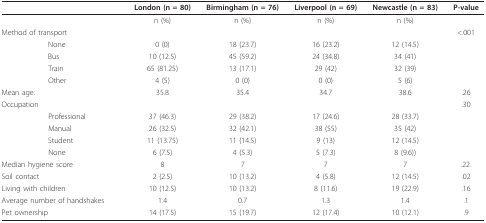
|  |  | London (n = 80) | Birmingham (n = 76) | Liverpool (n = 69) | Newcastle (n = 83) | P-value |
 | --- | --- | --- | --- | --- | --- | --- |
 |  |  | n (%) | n (%) | n (%) | n (%) |  |
 | <COLSPAN=2> Method of transport |  |  |  |  | <.001 |
 |  | None | 0 (0) | 18 (23.7) | 16 (23.2) | 12 (14.5) |  |
 |  | Bus | 10 (12.5) | 45 (59.2) | 24 (34.8) | 34 (41) |  |
 |  | Train | 65 (81.25) | 13 (17.1) | 29 (42) | 32 (39) |  |
 |  | Other | 4 (5) | 0 (0) | 0 (0) | 5 (6) |  |
 | <COLSPAN=2> Mean age: | 35.8 | 35.4 | 34.7 | 38.6 | .26 |
 | <COLSPAN=2> Occupation |  |  |  |  | .30 |
 |  | Professional | 37 (46.3) | 29 (38.2) | 17 (24.6) | 28 (33.7) |  |
 |  | Manual | 26 (32.5) | 32 (42.1) | 38 (55) | 35 (42) |  |
 |  | Student | 11 (13.75) | 11 (14.5) | 9 (13) | 12 (14.5) |  |
 |  | None | 6 (7.5) | 4 (5.3) | 5 (7.3) | 8 (9.6)) |  |
 | <COLSPAN=2> Median hygiene score | 8 | 7 | 7 | 7 | .22. |
 | <COLSPAN=2> Soil contact | 2 (2.5) | 10 (13.2) | 4 (5.8) | 12 (14.5) | .02 |
 | <COLSPAN=2> Living with children | 10 (12.5) | 10 (13.2) | 8 (11.6) | 19 (22.9) | .16 |
 | <COLSPAN=2> Average number of handshakes | 1.4 | 0.7 | 1.3 | 1.4 | .1 |
 | <COLSPAN=2> Pet ownership | 14 (17.5) | 15 (19.7) | 12 (17.4) | 10 (12.1) | .9 |